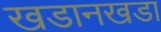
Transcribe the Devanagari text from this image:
खडानखडा